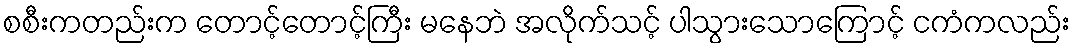
စစီးကတည်းက တောင့်တောင့်ကြီး မနေဘဲ အလိုက်သင့် ပါသွားသောကြောင့် ငကံကလည်း